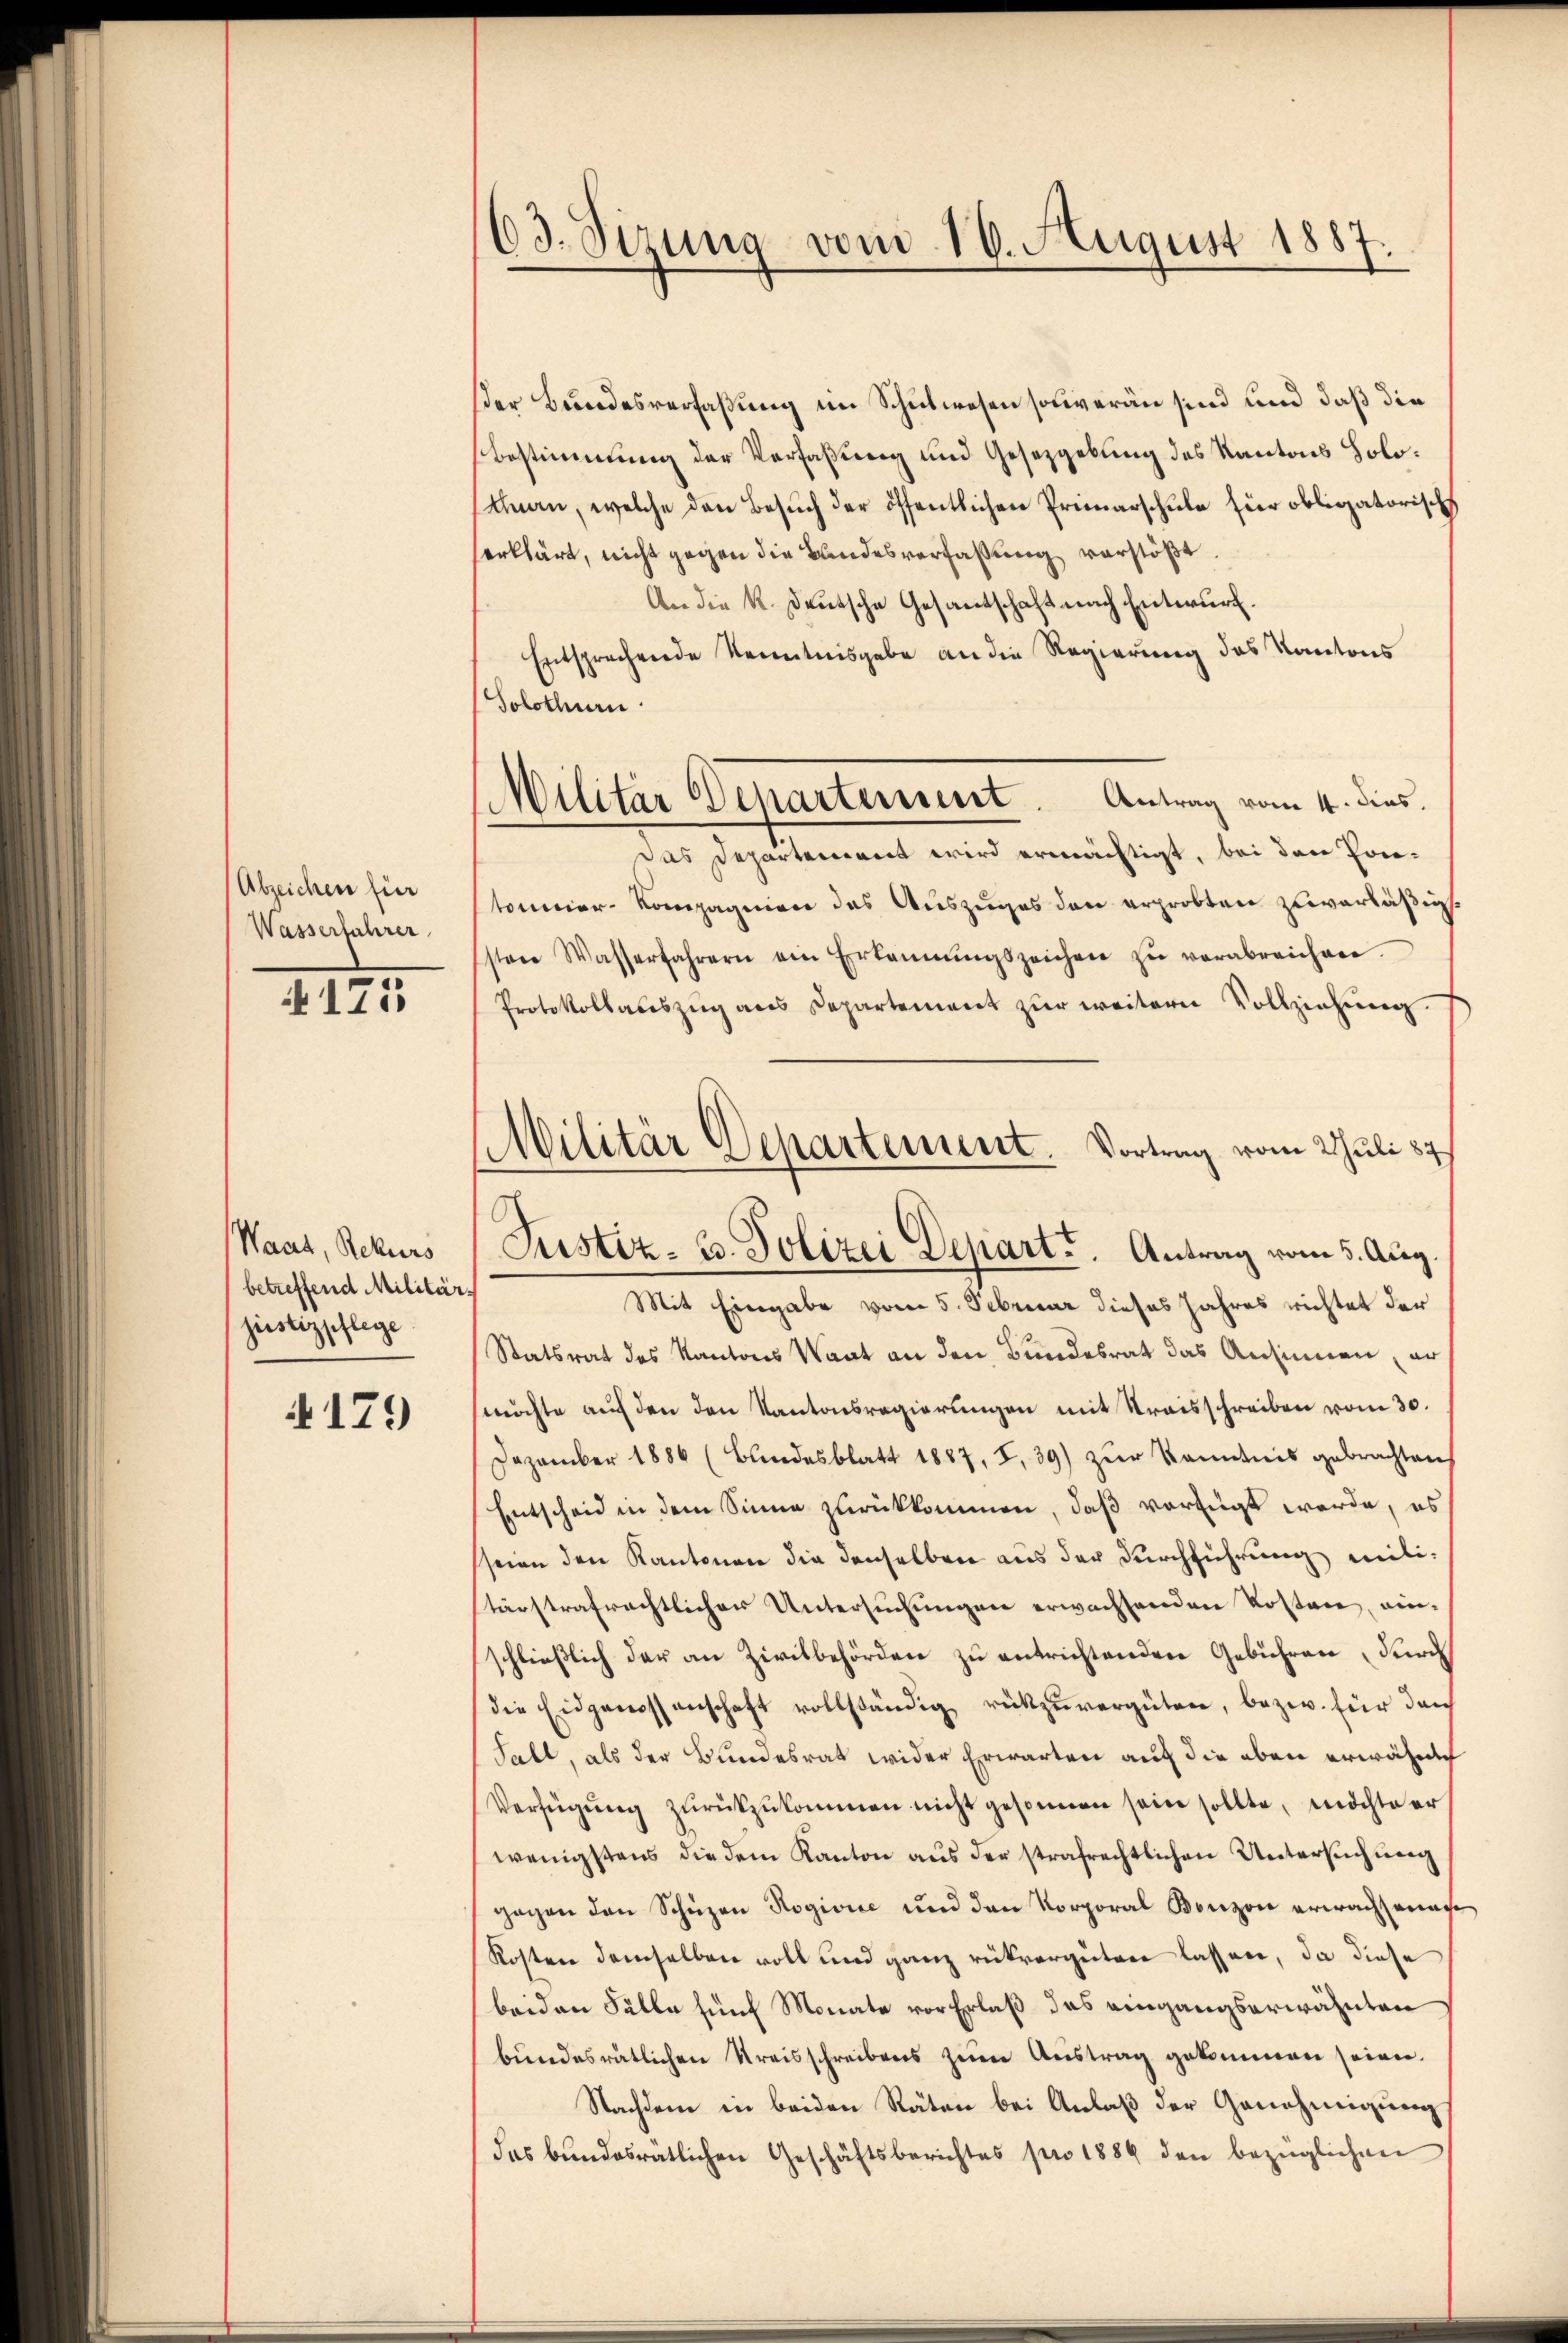
Abzeichen für
Wasserfahrer

N 171

Waat, Rekurs
betreffend Militärjustizpflege

4179

63. Sizung vom 16. August 1887.

ser Bundesverfaßung im Schulwesen solveran sind und daß die
Bestimmung der Verfaßung und Gesetzgebung des Kantons Holo¬
Ahnen, welche den Besuch der öffentlichen Primarschule für obligatorisch
serklärt, nicht gegen die Bandesverfaßung verstößt.
An die K. Deutsche Gesantschaft nach Entwurf.
Entsprechende Kenntnisgabe an die Regierung des Kantons
Solothurn
Militär Departement Antrag vom 4. dies.
das Departement wird ermächtigt, bei den Pon-
tonier- Kompagnien des Auszuges den erprobten zuverläßig.
sten Wasserfahrern ein Erkannŭngszeichen zŭ verabreichen
Protokollauszug aus Departement zur weitern Vollziehung.
Mit Eingabe vom 5. Februar dieses Jahres richtet der
Statsrat des Kantons Waat an den Bundesrat das Ansinnen, er
möchte auf den den Kantonsregierungen mit Kreisschreiben vom 30.
Dezember 1886 (Bundesblatt 1887, I.39) zŭr Kenntnis gebrachten
Entscheid in dem Sinne zurückkommen, daß verfügt werde, es
seien den Kantonen die denselben aus der Durchführung militärstrafrechtlicher Untersuchungen erwachsenden Kosten, einschließlich der an Zivilbehörden zu entrichtenden Gebühren Furch
die Eidgenossenschaft vollständig rückzŭvergüten, bezw. für den
Sall, als der Bundesrat wider Erwarten auf die eben erwähne
Verfügŭng zŭrückzŭkommen nicht gesonnen sein sollte, möchte er
wenigstens die dem Kanton aus der strafrechtlichen Untersuchung
gegen den Schüzen Rogivić und den Korporal Bonzon erwachsanage
Kosten demselben voll und ganz rükvergüten lassen, da diese
beiden Fälle fünf Monate vor Erlaß das eingangserwähnten
bundesrätlichen Kreisschreibens zum Austrag gekommen seien.
Nachdem in beiden Räten bei Anlaß der Genehmigung
das bundesratlichen Geschäftsberichtes pro 1884 den bezüglichen

Militär Departement. Vortrag vom Juli 187
Justiz- u. Polizei Depart. Antrag vom 5. Aug.